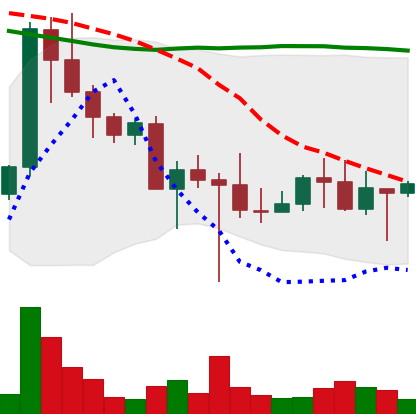
Ticker: DOGE-USD
Chart end date: 2022-10-22
Forward return: 29.021%
Label: up_7plus